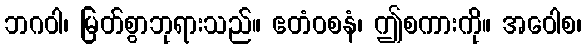
ဘဂဝါ၊ မြတ်စွာဘုရားသည်။ ဧတံဝစနံ၊ ဤစကားကို။ အဝေါစ၊